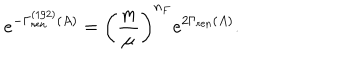
LaTeX: e ^ { - \Gamma _ { \mathrm { r e n } } ^ { ( 1 / 2 ) } ( A ) } = \left( { \frac { m } { \mu } } \right) ^ { n _ { F } } e ^ { 2 \Gamma _ { \mathrm { r e n } } ( A ) } .